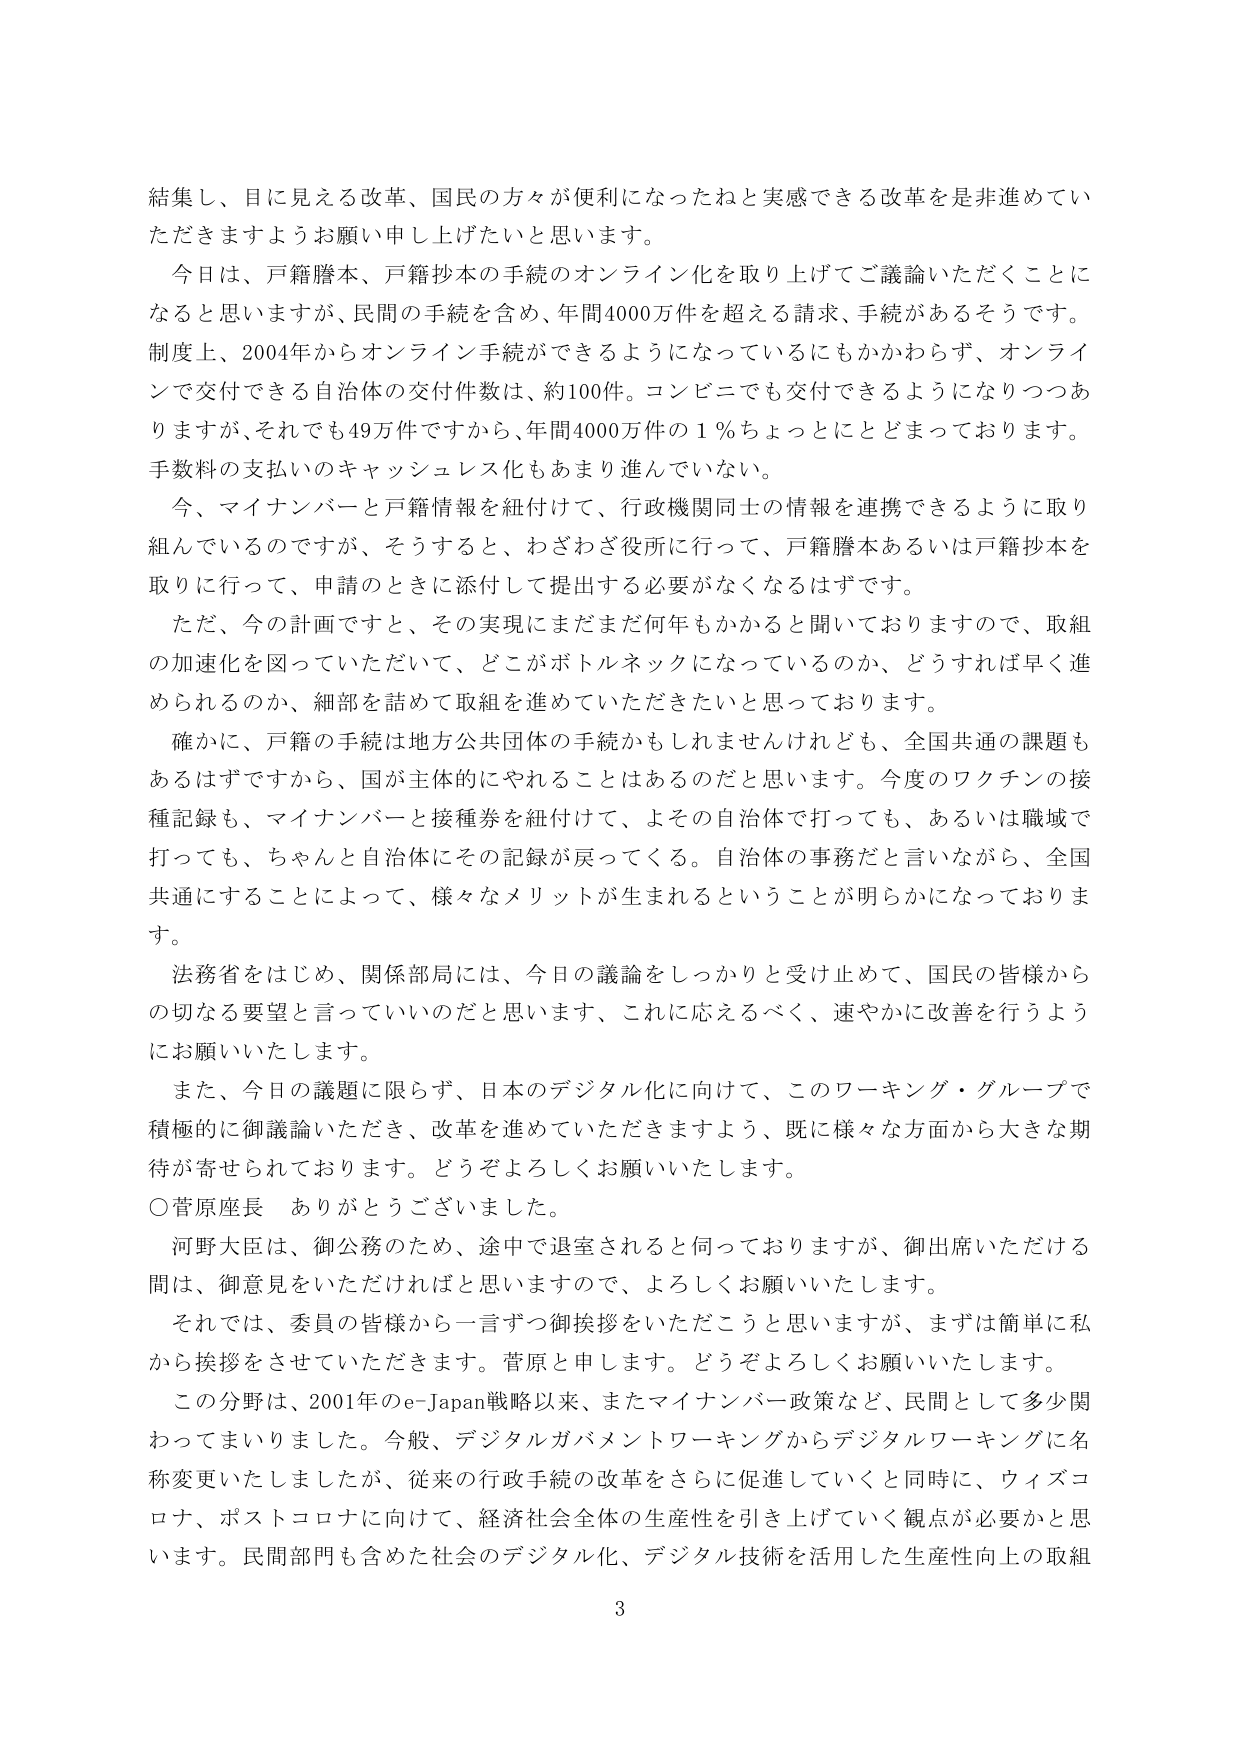
結集し、目に見える改革、国民の方々が便利になったねと実感できる改革を是非進めていただきますようお願い申し上げたいと思います。

今日は、戸籍謄本、戸籍抄本の手続のオンライン化を取り上げてご議論いただくことになると思いますが、民間の手続を含め、年間4000万件を超える請求、手続があるそうです。制度上、2004年からオンライン手続ができるようになっているにもかかわらず、オンラインで交付できる自治体の交付件数は、約100件。コンビニでも交付できるようになりつつありますが、それでも49万件ですから、年間4000万件の1％ちょっとにとどまっております。手数料の支払いのキャッシュレス化もあまり進んでいない。

今、マイナンバーと戸籍情報を紐付けて、行政機関同士の情報を連携できるように取り組んでいるのですが、そうすると、わざわざ役所に行って、戸籍謄本あるいは戸籍抄本を取りに行って、申請のときに添付して提出する必要がなくなるはずです。

ただ、今の計画ですと、その実現にまだまだ何年もかかると聞いておりますので、取組の加速化を図っていただいて、どこがボトルネックになっているのか、どうすれば早く進められるのか、細部を詰めて取組を進めていただきたいと思っております。

確かに、戸籍の手続は地方公共団体の手続かもしれませんが、全国共通の課題もあるはずですから、国が主体的にやれることはあるのだと思います。今度のワクチンの接種記録も、マイナンバーと接種券を紐付けて、よそその自治体で打っても、あるいは職域で打っても、ちゃんと自治体にその記録が戻ってくる。自治体の事務だと言いながら、全国共通にすることによって、様々なメリットが生まれるということが明らかになっております。

法務省をはじめ、関係部局には、今日の議論をしっかりと受け止めて、国民の皆様からの切なる要望と言っているのだと思います、これに応えるべく、速やかに改善を行うようにお願いいたします。

また、今日の議題に限らず、日本のデジタル化に向けて、このワーキング・グループで積極的に御議論いただき、改革を進めていただきますよう、既に様々な方面から大きな期待が寄せられております。どうぞよろしくお願いいたします。

○菅原座長　ありがとうございました。

河野大臣は、御公務のため、途中で退室されると言っておりますが、御出席いただける間は、御意見をいただければと思いますので、よろしくお願いいたします。

それでは、委員の皆様から一言ずつ御挨拶をいただこうと思いますが、まずは簡単に私から挨拶をさせていただきます。菅原と申します。どうぞよろしくお願いいたします。

この分野は、2001年のe-Japan戦略以来、またマイナンバー政策など、民間として多少関わってまいりました。今般、デジタルガバメントワーキングからデジタルワーキングに名称変更いたしましたが、従来の行政手続の改革をさらに促進していくと同時に、ウィズコロナ、ポストコロナに向けて、経済社会全体の生産性を引き上げていく観点が必要かと思います。民間部門も含めた社会のデジタル化、デジタル技術を活用した生産性向上の取組

3